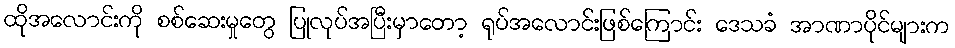
ထိုအလောင်းကို စစ်ဆေးမှုတွေ ပြုလုပ်အပြီးမှာတော့ ရုပ်အလောင်းဖြစ်ကြောင်း ဒေသခံ အာဏာပိုင်များက